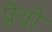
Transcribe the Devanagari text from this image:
प्रेवो